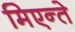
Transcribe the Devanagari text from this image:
मिएन्ते